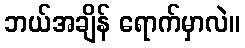
ဘယ်အချိန် ရောက်မှာလဲ။